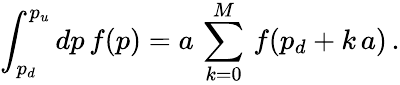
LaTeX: \int_{p_{d}}^{p_{u}}dp\, f(p)=a\, \sum_{k=0}^{M}\, f(p_{d}+k\, a)\, .